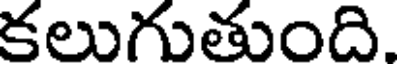
కలుగుతుంది.